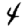
Digit: 4